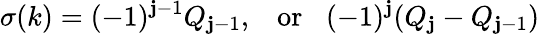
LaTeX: \sigma(k)=(-1)^{\mathbf{j}-1}Q_{\mathbf{j}-1},\; \; \; \mathrm{{or}}\; \; \; (-1)^{\mathbf{j}}(Q_{\mathbf{j}}-Q_{\mathbf{j}-1})